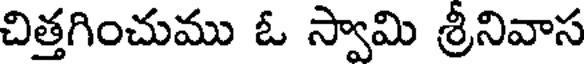
చిత్తగించుము ఓ స్వామి శ్రీనివాస